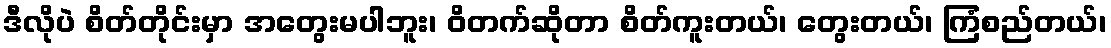
ဒီလိုပဲ စိတ်တိုင်းမှာ အတွေးမပါဘူး၊ ဝိတက်ဆိုတာ စိတ်ကူးတယ်၊ တွေးတယ်၊ ကြံစည်တယ်၊